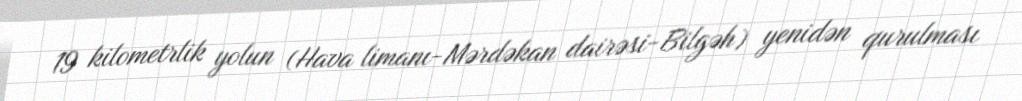
19 kilometrlik yolun (Hava limanı-Mərdəkan dairəsi-Bilgəh) yenidən qurulması